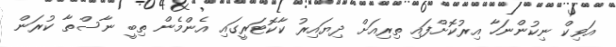
އަވިކް ނިކުންނަހާ އިރުކޮށްފައި ތިރިއަށް ދިޔައިރު ކާކޮޓަރީގައި އެންމެން ތިބީ ނާސްތާ ކުރަން